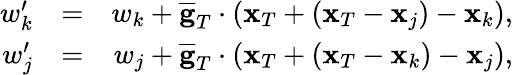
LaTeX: \begin{array}{rlr}{w_{k}^{\prime}}&{=}&{w_{k}+\overline{{\mathbf g}}_{T}\cdot({\mathbf x}_{T}+({\mathbf x}_{T}-{\mathbf x}_{j})-{\mathbf x}_{k}),}\\ {w_{j}^{\prime}}&{=}&{w_{j}+\overline{{\mathbf g}}_{T}\cdot({\mathbf x}_{T}+({\mathbf x}_{T}-{\mathbf x}_{k})-{\mathbf x}_{j}),}\end{array}